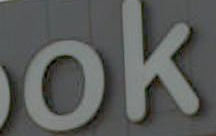
ok